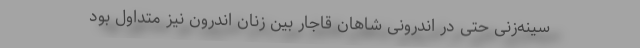
سینه‌زنی حتی در اندرونی شاهان قاجار بین زنان اندرون نیز متداول بود